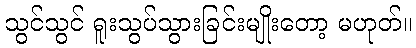
သွင်သွင် ရူးသွပ်သွားခြင်းမျိုးတော့ မဟုတ်။